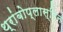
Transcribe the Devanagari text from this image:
थ्रांबोप्लास्टिन